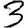
Digit: 3